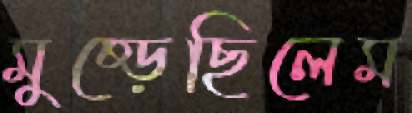
মুষ্‌ড়েছিলেম